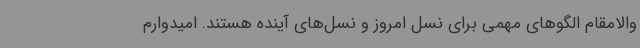
والامقام الگوهای مهمی برای نسل امروز و نسل‌های آینده هستند. امیدوارم